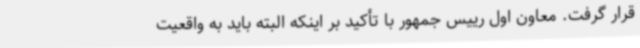
قرار گرفت. معاون اول رییس جمهور با تأکید بر اینکه البته باید به واقعیت